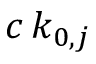
c \, k _ { 0 , j }